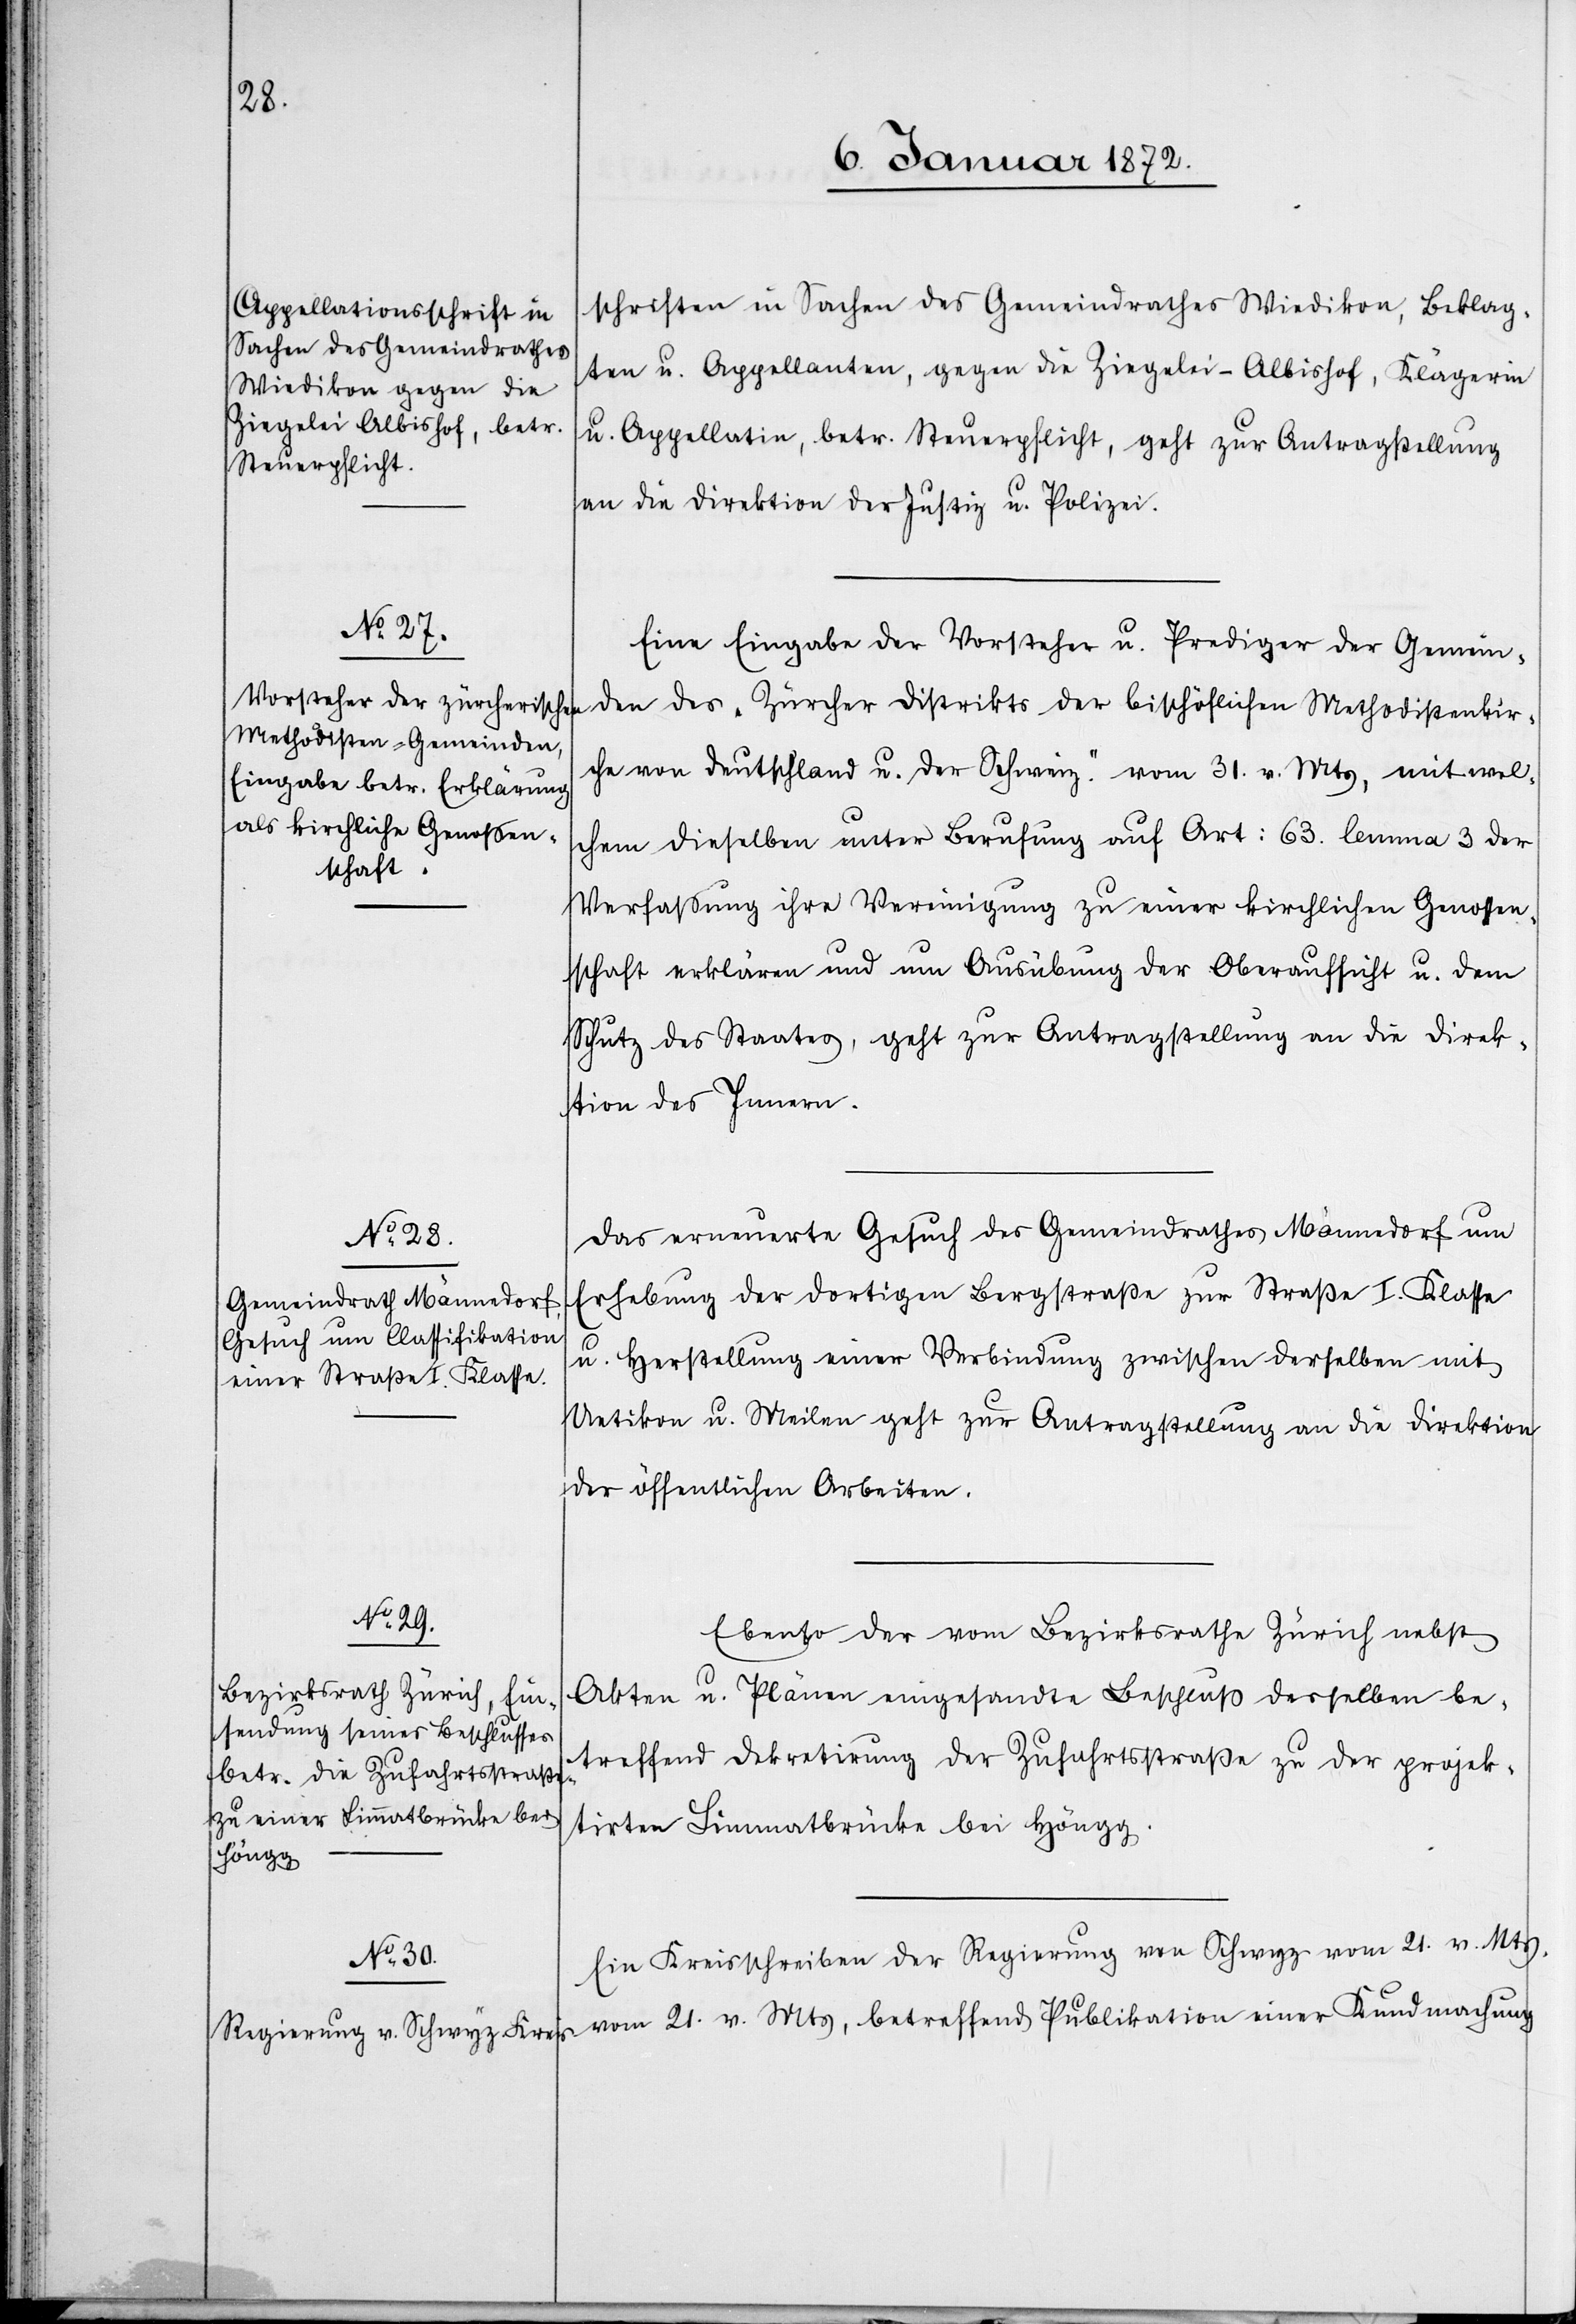
Kundma¬

einer

6. Januar 1872.]
schriften in Sachen des Gemeindrathes Wiedikon, Beklag¬
ten u. Appellanten, gegen die Ziegelei-Albishof, Klägerin
u. Appellatin, betr. Steuerpflicht, geht zur Antragsstellung
an die Direktion der Justiz u. Polizei.
Eine Eingabe der Vorsteher u. Prediger der Gemein¬
den des „Zürcher Distrikts der bischöflichen Methodistenkir¬
che von Deutschland u. der Schweiz.“ vom 31. v. Mts, mit wel¬
chem dieselben unter Berufung auf Art: 63. lemma 3 der
Verfassung ihre Vereinigung zu einer kirchlichen Genossen¬
schaft erklären und um Ausübung der Oberaufsicht u. dem
Schutz des Staates, geht zur Antragsstellung an die Direk¬
tion des Innern.
Das erneuerte Gesuch des Gemeindrathes Männedorf um
Erhebung der dortigen Bergstraße zur Straße I. Klasse
u. Herstellung einer Verbindung zwischen derselben mit
Uetikon u. Meilen geht zur Antragsstellung an die Direktion
der öffentlichen Arbeiten.
Ebenso der vom Bezirksrathe Zürich nebst
Akten u. Plänen eingesandte Beschluß desselben be¬
treffend Dekretirung der Zufahrtsstraße zu der projek¬
tirten Limmatbrücke bei Höngg.
chung
Ein Kreisschreiben der Regierung von Schwyz vom 21. v. Mts.